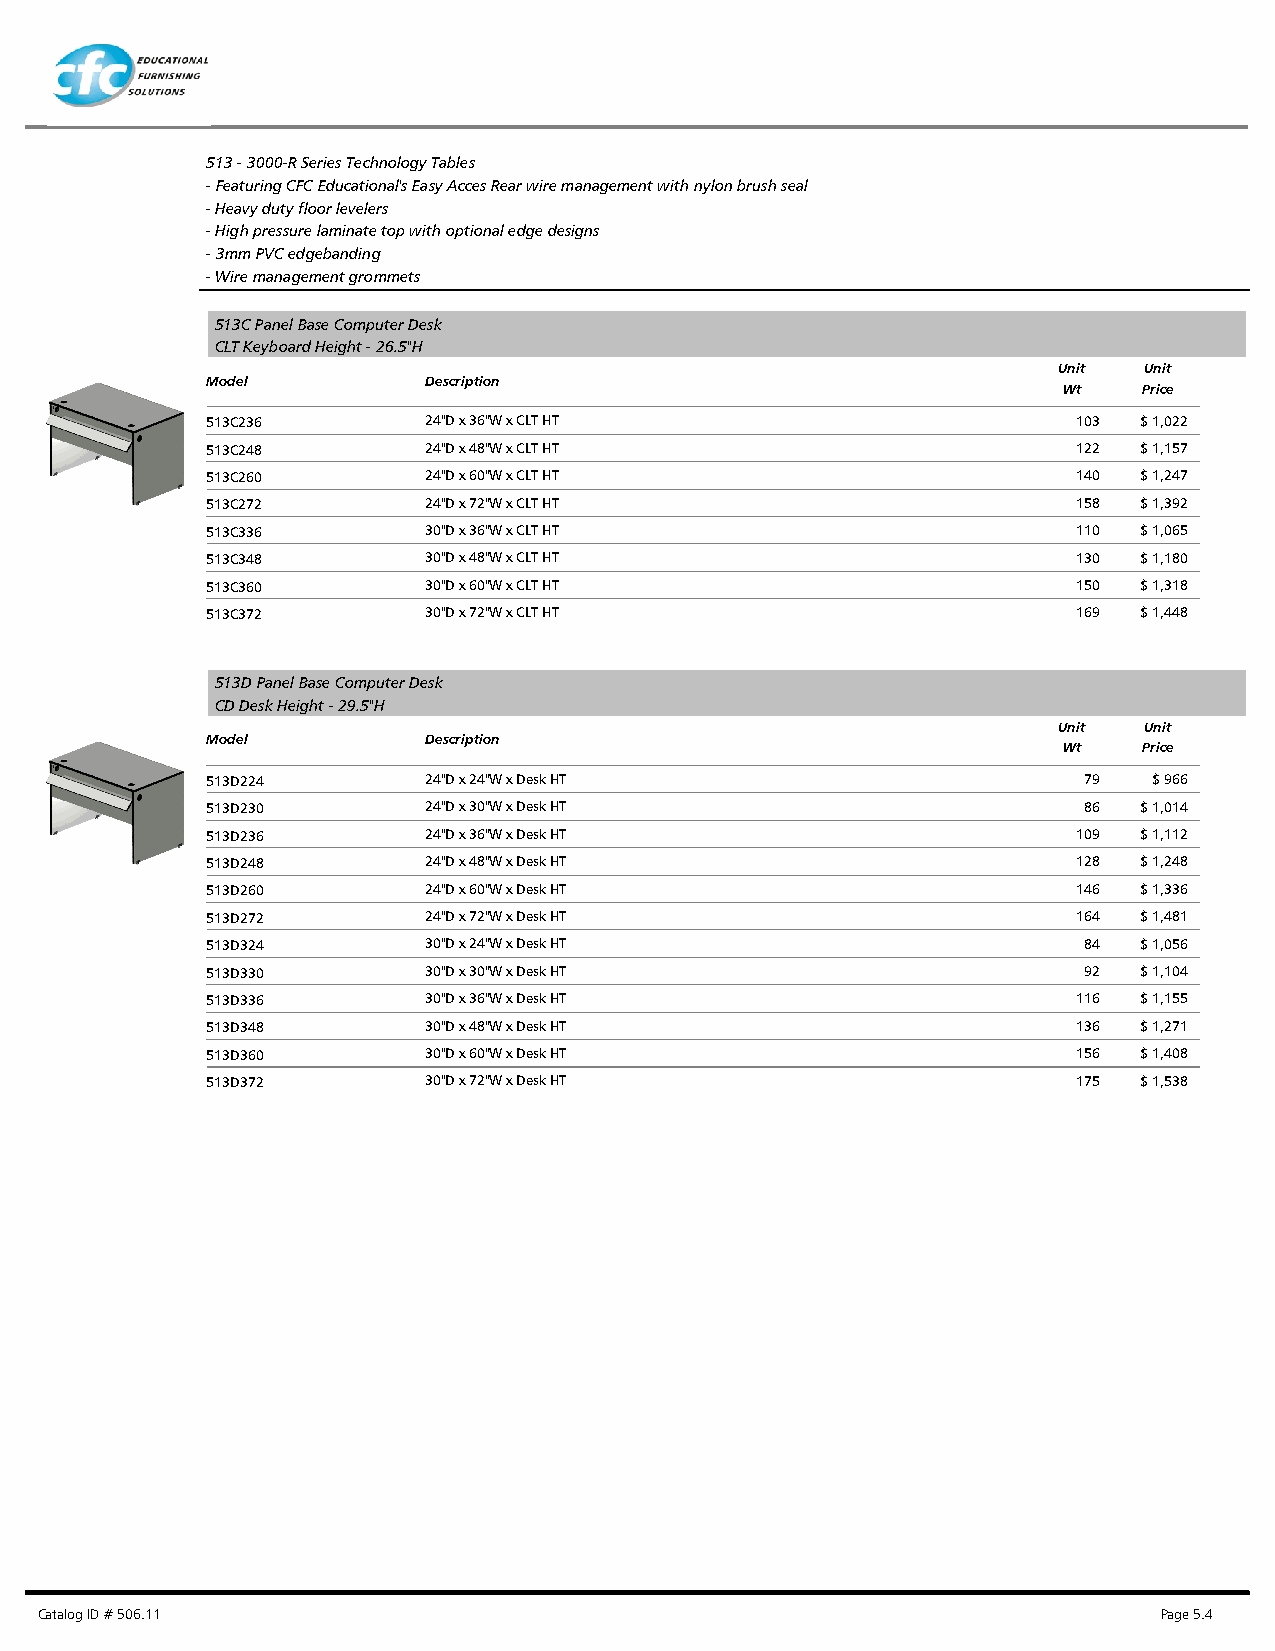
513 - 3000-R Series Technology Tables
 - Featuring CFC Educational's Easy Acces Rear wire management with nylon brush seal
 - Heavy duty floor levelers
 - High pressure laminate top with optional edge designs
 - 3mm PVC edgebanding
 - Wire management grommets
 513C Panel Base Computer Desk
 CLT Keyboard Height - 26.5"H
 Unit  Unit
 Model         Description
 Wt    Price
 513C236       24"D x 36"W x CLT HT                       103 $ 1,022
 513C248       24"D x 48"W x CLT HT                       122 $ 1,157
 513C260       24"D x 60"W x CLT HT                       140 $ 1,247
 513C272       24"D x 72"W x CLT HT                       158 $ 1,392
 513C336       30"D x 36"W x CLT HT                       110 $ 1,065
 513C348       30"D x 48"W x CLT HT                       130 $ 1,180
 513C360       30"D x 60"W x CLT HT                       150 $ 1,318
 513C372       30"D x 72"W x CLT HT                       169 $ 1,448
 513D Panel Base Computer Desk
 CD Desk Height - 29.5"H
 Unit  Unit
 Model         Description
 Wt    Price
 513D224       24"D x 24"W x Desk HT                       79  $ 966
 513D230       24"D x 30"W x Desk HT                       86 $ 1,014
 513D236       24"D x 36"W x Desk HT                      109 $ 1,112
 513D248       24"D x 48"W x Desk HT                      128 $ 1,248
 513D260       24"D x 60"W x Desk HT                      146 $ 1,336
 513D272       24"D x 72"W x Desk HT                      164 $ 1,481
 513D324       30"D x 24"W x Desk HT                       84 $ 1,056
 513D330       30"D x 30"W x Desk HT                       92 $ 1,104
 513D336       30"D x 36"W x Desk HT                      116 $ 1,155
 513D348       30"D x 48"W x Desk HT                      136 $ 1,271
 513D360       30"D x 60"W x Desk HT                      156 $ 1,408
 513D372       30"D x 72"W x Desk HT                      175 $ 1,538
 Catalog ID # 506.11                                                        Page 5.4